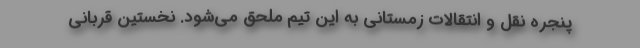
پنجره نقل و انتقالات زمستانی به این تیم ملحق می‌شود. نخستین قربانی